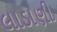
લાડાણી